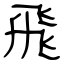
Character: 飛